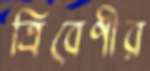
ত্রিবেণীর